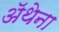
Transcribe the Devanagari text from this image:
ॲथेना